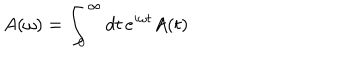
LaTeX: A ( \omega ) = \int _ { 0 } ^ { \infty } d t \, e ^ { i \omega t } A ( t )